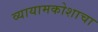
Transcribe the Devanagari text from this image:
व्यायामकोशाचा